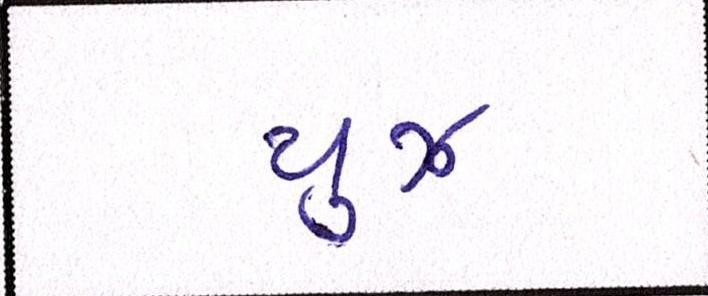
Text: યુઝ